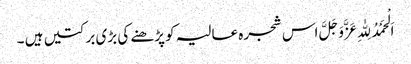
اَلْحَمْدُلِلّٰہِ عَزَّوَجَلَّ اس شجرہ عالیہ کو پڑھنے کی بڑی برکتیں ہیں ۔